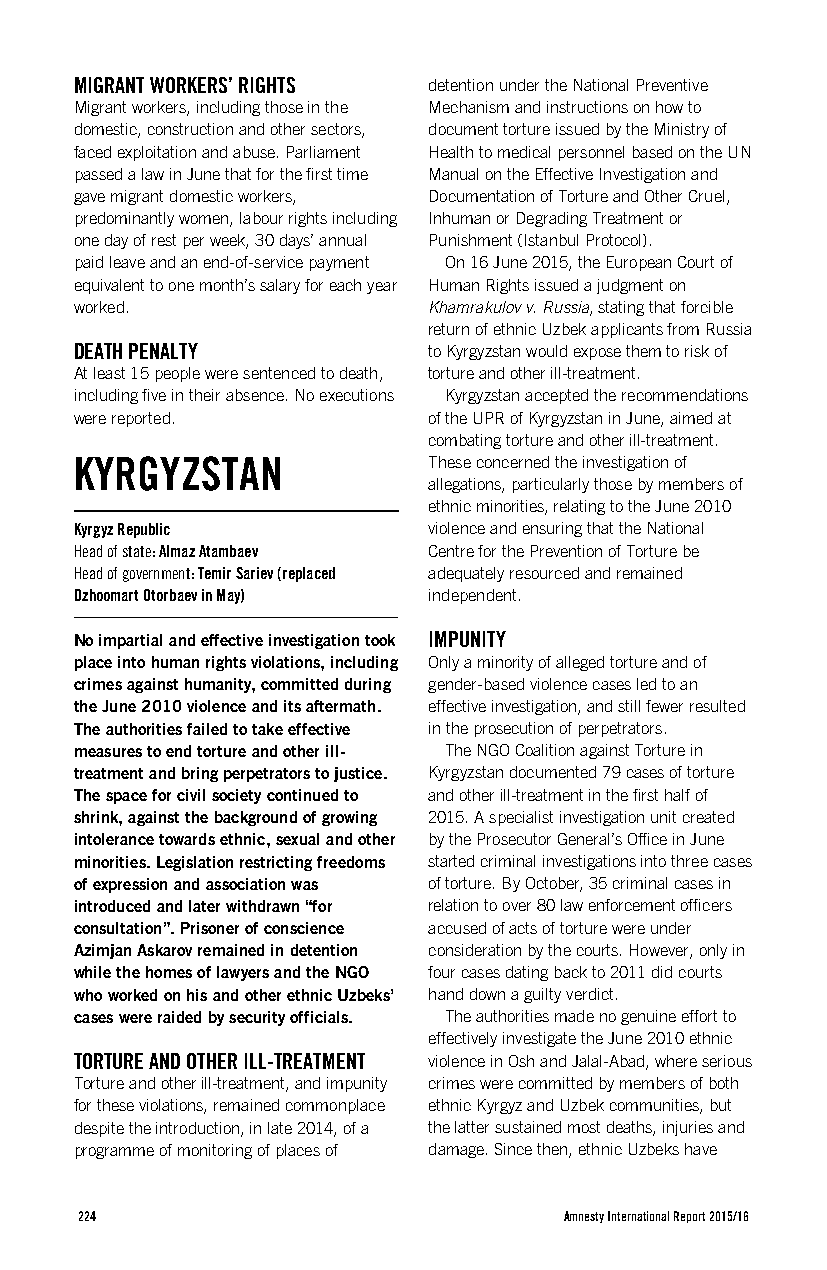
MIGRANT WORKERS’ RIGHTS detention under the National Preventive
 Migrant workers, including those in the Mechanism and instructions on how to
 domestic, construction and other sectors, document torture issued by the Ministry of
 faced exploitation and abuse. Parliament Health to medical personnel based on the UN
 passed a law in June that for the first time Manual on the Effective Investigation and
 gave migrant domestic workers, Documentation of Torture and Other Cruel,
 predominantly women, labour rights including Inhuman or Degrading Treatment or
 one day of rest per week, 30 days’ annual Punishment (Istanbul Protocol).
 paid leave and an end-of-service payment On 16 June 2015, the European Court of
 equivalent to one month’s salary for each year Human Rights issued a judgment on
 worked.                Khamrakulov v. Russia, stating that forcible
 return of ethnic Uzbek applicants from Russia
 DEATH PENALTY          to Kyrgyzstan would expose them to risk of
 At least 15 people were sentenced to death, torture and other ill-treatment.
 including five in their absence. No executions Kyrgyzstan accepted the recommendations
 were reported.         of the UPR of Kyrgyzstan in June, aimed at
 combating torture and other ill-treatment.
 KYRGYZSTAN             These concerned the investigation of
 allegations, particularly those by members of
 ethnic minorities, relating to the June 2010
 Kyrgyz Republic        violence and ensuring that the National
 Head of state: Almaz Atambaev Centre for the Prevention of Torture be
 Head of government: Temir Sariev (replaced adequately resourced and remained
 Dzhoomart Otorbaev in May) independent.
 No impartial and effective investigation took IMPUNITY
 place into human rights violations, including Only a minority of alleged torture and of
 crimes against humanity, committed during gender-based violence cases led to an
 the June 2010 violence and its aftermath. effective investigation, and still fewer resulted
 The authorities failed to take effective in the prosecution of perpetrators.
 measures to end torture and other ill- The NGO Coalition against Torture in
 treatment and bring perpetrators to justice. Kyrgyzstan documented 79 cases of torture
 The space for civil society continued to and other ill-treatment in the first half of
 shrink, against the background of growing 2015. A specialist investigation unit created
 intolerance towards ethnic, sexual and other by the Prosecutor General’s Office in June
 minorities. Legislation restricting freedoms started criminal investigations into three cases
 of expression and association was of torture. By October, 35 criminal cases in
 introduced and later withdrawn “for relation to over 80 law enforcement officers
 consultation”. Prisoner of conscience accused of acts of torture were under
 Azimjan Askarov remained in detention consideration by the courts. However, only in
 while the homes of lawyers and the NGO four cases dating back to 2011 did courts
 who worked on his and other ethnic Uzbeks’ hand down a guilty verdict.
 cases were raided by security officials. The authorities made no genuine effort to
 effectively investigate the June 2010 ethnic
 TORTURE AND OTHER ILL-TREATMENT violence in Osh and Jalal-Abad, where serious
 Torture and other ill-treatment, and impunity crimes were committed by members of both
 for these violations, remained commonplace ethnic Kyrgyz and Uzbek communities, but
 despite the introduction, in late 2014, of a the latter sustained most deaths, injuries and
 programme of monitoring of places of damage. Since then, ethnic Uzbeks have
 224                             Amnesty International Report 2015/16